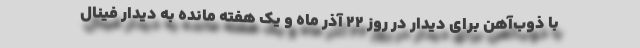
با ذوب‌آهن برای دیدار در روز 22 آذر ماه و یک هفته مانده به دیدار فینال